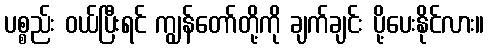
ပစ္စည်း ဝယ်ပြီးရင် ကျွန်တော်တို့ကို ချက်ချင်း ပို့ပေးနိုင်လား။